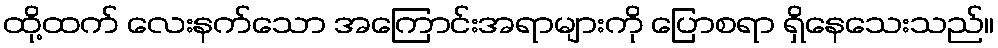
ထို့ထက် လေးနက်သော အကြောင်းအရာများကို ပြောစရာ ရှိနေသေးသည်။